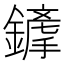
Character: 𨬦